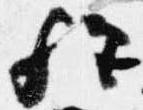
歟